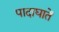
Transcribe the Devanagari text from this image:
पादाघातें